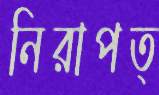
নিরাপত্